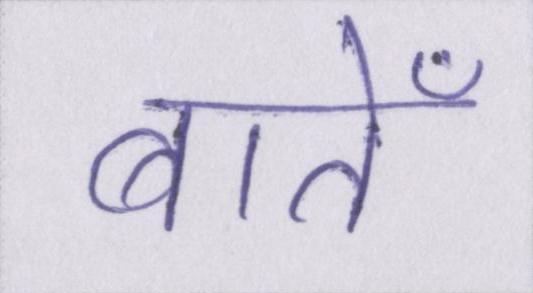
बातेँ